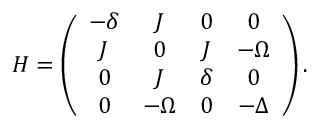
H = \left( \begin{array} { c c c c } { - \delta } & { J } & { 0 } & { 0 } \\ { J } & { 0 } & { J } & { - \Omega } \\ { 0 } & { J } & { \delta } & { 0 } \\ { 0 } & { - \Omega } & { 0 } & { - \Delta } \end{array} \right) .